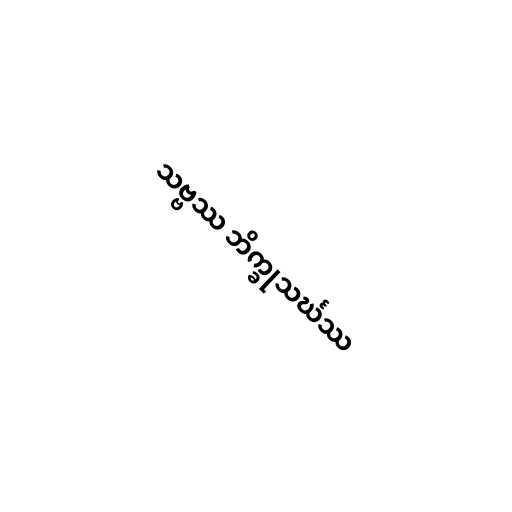
သဗ္ဗဿ ဘိက္ခုသင်္ဃဿ